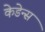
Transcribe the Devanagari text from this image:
केडेन्स